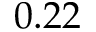
0 . 2 2